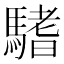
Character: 𩥂